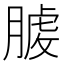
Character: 𦞬